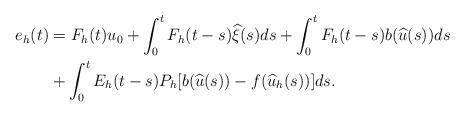
LaTeX: \begin{align*}e_h(t)&=F_h(t)u_0+\int_0^t F_h(t-s)\widehat{\xi}(s)ds+\int_0^t F_h(t-s)b(\widehat{u}(s))ds \\&+\int_0^t E_h(t-s)P_h[b(\widehat{u}(s))-f(\widehat{u}_h(s))]ds.\end{align*}